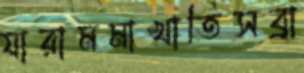
যারামমাখাতিসব্রা